Rangoon Lunatic Asylum 1878-1892 - 1878-1892
Year: 1878
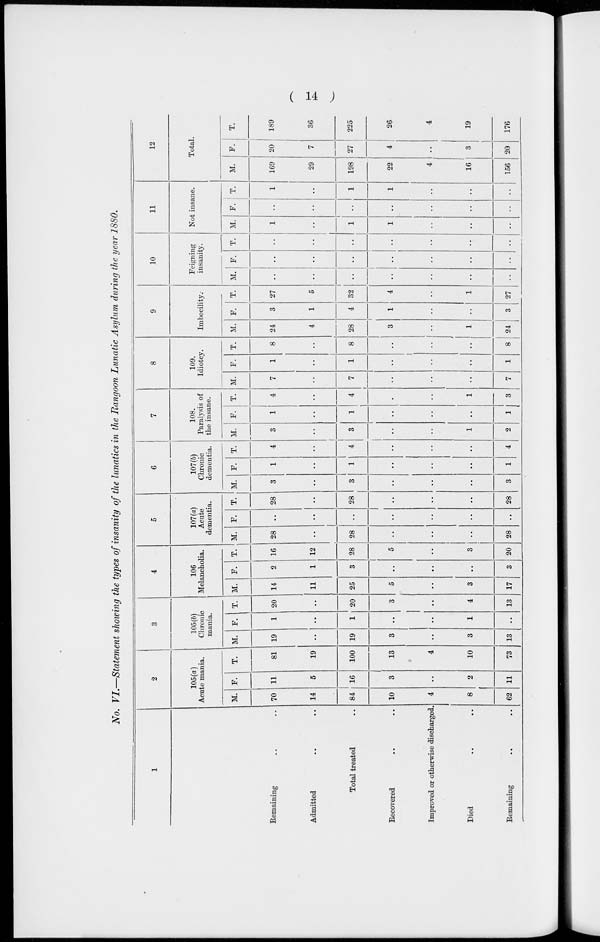
( 14 )
No. VI.—Statement showing the types of insanity of the lunatics in the Rangoon Lunatic Asylum during the year 1880.
1
Remaining .. ..
Admitted .. ..
Total treated ..
Recovered .. ..
Improved or otherwise discharged.
Died .. ..
Remaining .. ..
2
105(a)
Acute mania.
M.
70
14
84
10
4
8
62
F.
11
5
16
3
..
2
11
T.
81
19
100
13
4
10
73
3
105(b)
Chronic
mania.
M.
19
..
19
3
..
3
13
F.
1
..
1
..
..
1
..
T.
20
..
20
3
..
4
13
4
106
Melancholia.
M.
14
11
25
5
..
3
17
F.
2
1
3
..
..
..
3
T.
16
12
28
5
..
3
20
5
107(a)
Acute
dementia.
M.
28
..
28
..
..
..
28
F.
..
..
..
..
..
..
..
T.
28
..
28
..
..
..
28
6
107(b)
Chronic
dementia.
M.
3
..
3
..
..
..
3
F.
1
..
1
..
..
..
1
T.
4
..
4
..
..
..
4
7
108.
Paralysis of
the insane.
M.
3
..
3
..
..
1
2
F.
1
..
1
..
..
..
1
T.
4
..
4
..
..
1
3
8
109.
Idiotcy.
M.
7
..
7
..
..
..
7
F.
1
..
1
..
..
..
1
T.
8
..
8
..
..
..
8
9
Imbecility.
M.
24
4
28
3
..
1
24
F.
3
1
4
1
..
..
3
T.
27
5
32
4
..
1
27
10
Feigning
insanity.
M.
..
..
..
..
..
..
..
F.
..
..
..
..
..
..
..
T.
..
..
..
..
..
..
..
11
Not insane.
M.
1
..
1
1
..
..
..
F.
..
..
..
..
..
..
..
T.
1
..
1
1
..
..
..
12
Total.
M.
169
29
198
22
4
16
156
F.
20
7
27
4
..
3
20
T.
189
36
225
26
4
19
176